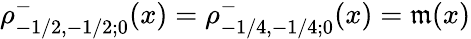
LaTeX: \rho_{-1/2,-1/2;0}^{-}(x)=\rho_{-1/4,-1/4;0}^{-}(x)=\mathfrak{m}(x)